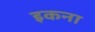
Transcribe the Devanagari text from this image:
इकना